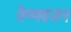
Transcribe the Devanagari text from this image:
वैष्णवजन